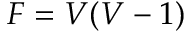
F = V ( V - 1 )